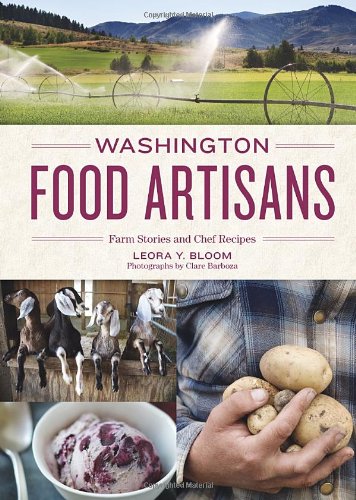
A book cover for Washington Food Artisans: Farm Stories and Chef Recipes; Leora Y. Bloom; Cookbooks, Food & Wine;